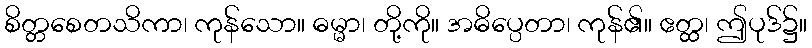
စိတ္တစေတသိကာ၊ ကုန်သော။ ဓမ္မာ၊ တို့ကို။ အဓိပ္ပေတာ၊ ကုန်၏။ ဧတ္ထ၊ ဤပုဒ်၌။